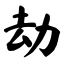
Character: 劫